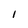
Character: 1